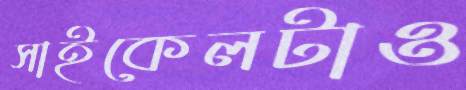
সাইকেলটাও